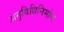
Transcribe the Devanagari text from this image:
अनुविधिनिर्माण